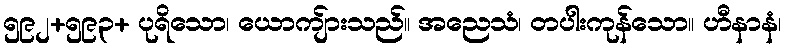
၅၉၂+၅၉၃+ ပုရိသော၊ ယောကျ်ားသည်။ အညေသံ၊ တပါးကုန်သော။ ဟီနာနံ၊